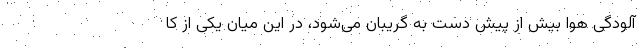
آلودگی هوا بیش از پیش دست به گریبان می‌شود، در این میان یکی از کا